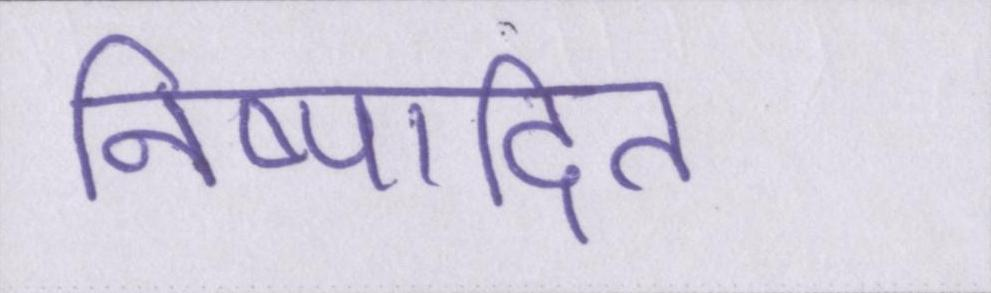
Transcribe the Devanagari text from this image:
निष्पादित